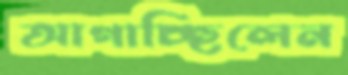
আগাচ্ছিলেন